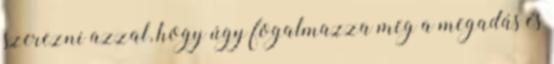
szerezni azzal, hogy úgy fogalmazza meg a megadás és